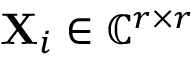
\mathbf { X } _ { i } \in \mathbb { C } ^ { r \times r }